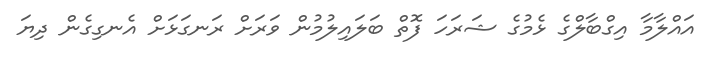
އައްލާމާ އިގްބާލްގެ ޅެމުގެ ޝަރަހަ ފޮތް ބަލައިލުމުން ވަރަށް ރަނގަޅަށް އެނގިގެން ދިޔަ